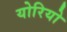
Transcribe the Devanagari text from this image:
योरियो